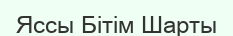
Яссы Бітім Шарты